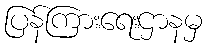
ပြန်ကြားရေးဌာနမှ